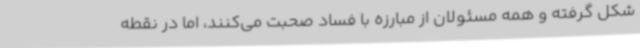
شکل گرفته و همه مسئولان از مبارزه با فساد صحبت می‌کنند، اما در نقطه